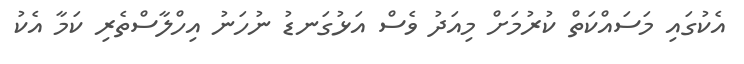
އެކުގައި މަސައްކަތް ކުރުމަށް މިއަދު ވެސް އަޅުގަނޑު ނުހަނު އިހްލާސްތެރި ކަމާ އެކު